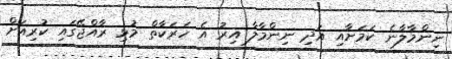
ނިންމާލާނެ ކަމަށާއި އަދި ނިންމާލާ އިރު އެ ހަރަކާތް މުޅި ރާއްޖޭގައި ކުރިއަށް